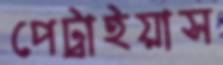
পেট্রাইয়াস